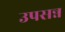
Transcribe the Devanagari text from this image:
उपसन्न